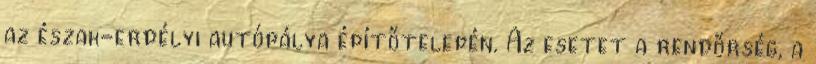
az észak-erdélyi autópálya építőtelepén. Az esetet a rendőrség, a